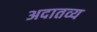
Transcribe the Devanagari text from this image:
अदातव्य